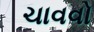
ચાવવો